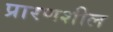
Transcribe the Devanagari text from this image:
प्रारणशील